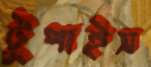
টুপাইস